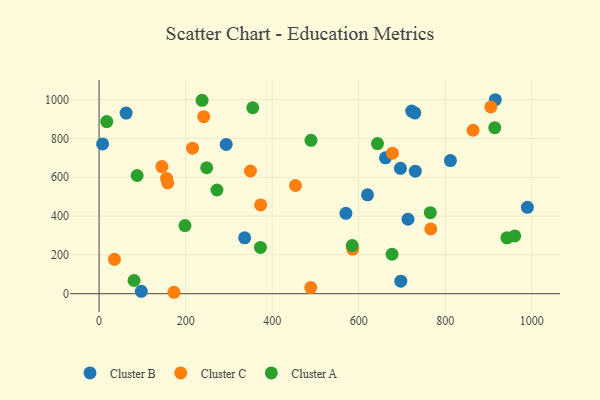
{"axis": {"x": "Experience", "y": "Demand"}, "legend": ["Cluster A", "Cluster B", "Cluster C"], "data": [{"x": "697.2", "y": 64.8, "type": "Cluster B"}, {"x": "811.9", "y": 685.8, "type": "Cluster B"}, {"x": "729.6", "y": 931.5, "type": "Cluster B"}, {"x": "696.4", "y": 646.2, "type": "Cluster B"}, {"x": "97.6", "y": 12.1, "type": "Cluster B"}, {"x": "570.4", "y": 414.1, "type": "Cluster B"}, {"x": "8.2", "y": 771.5, "type": "Cluster B"}, {"x": "620.3", "y": 509.4, "type": "Cluster B"}, {"x": "661.8", "y": 700.3, "type": "Cluster B"}, {"x": "293.7", "y": 769.0, "type": "Cluster B"}, {"x": "722.3", "y": 940.9, "type": "Cluster B"}, {"x": "713.8", "y": 383.6, "type": "Cluster B"}, {"x": "989.7", "y": 444.8, "type": "Cluster B"}, {"x": "915.6", "y": 999.4, "type": "Cluster B"}, {"x": "336.4", "y": 288.0, "type": "Cluster B"}, {"x": "730.7", "y": 631.1, "type": "Cluster B"}, {"x": "62.5", "y": 930.6, "type": "Cluster B"}, {"x": "905.3", "y": 962.3, "type": "Cluster C"}, {"x": "241.8", "y": 912.3, "type": "Cluster C"}, {"x": "586.0", "y": 230.2, "type": "Cluster C"}, {"x": "173.0", "y": 7.4, "type": "Cluster C"}, {"x": "489.1", "y": 31.4, "type": "Cluster C"}, {"x": "864.2", "y": 842.1, "type": "Cluster C"}, {"x": "373.3", "y": 457.3, "type": "Cluster C"}, {"x": "453.8", "y": 557.6, "type": "Cluster C"}, {"x": "158.7", "y": 571.1, "type": "Cluster C"}, {"x": "35.5", "y": 177.1, "type": "Cluster C"}, {"x": "215.9", "y": 749.9, "type": "Cluster C"}, {"x": "155.9", "y": 593.8, "type": "Cluster C"}, {"x": "678.0", "y": 724.1, "type": "Cluster C"}, {"x": "349.8", "y": 632.1, "type": "Cluster C"}, {"x": "766.5", "y": 333.6, "type": "Cluster C"}, {"x": "145.1", "y": 655.1, "type": "Cluster C"}, {"x": "80.8", "y": 68.0, "type": "Cluster A"}, {"x": "272.4", "y": 534.3, "type": "Cluster A"}, {"x": "355.1", "y": 958.0, "type": "Cluster A"}, {"x": "238.0", "y": 996.2, "type": "Cluster A"}, {"x": "765.4", "y": 417.3, "type": "Cluster A"}, {"x": "643.3", "y": 773.3, "type": "Cluster A"}, {"x": "914.3", "y": 855.6, "type": "Cluster A"}, {"x": "198.5", "y": 350.9, "type": "Cluster A"}, {"x": "677.0", "y": 203.2, "type": "Cluster A"}, {"x": "248.7", "y": 648.9, "type": "Cluster A"}, {"x": "17.8", "y": 886.7, "type": "Cluster A"}, {"x": "489.7", "y": 790.4, "type": "Cluster A"}, {"x": "372.9", "y": 238.7, "type": "Cluster A"}, {"x": "585.0", "y": 248.2, "type": "Cluster A"}, {"x": "942.4", "y": 287.7, "type": "Cluster A"}, {"x": "960.5", "y": 297.5, "type": "Cluster A"}, {"x": "88.0", "y": 608.9, "type": "Cluster A"}]}